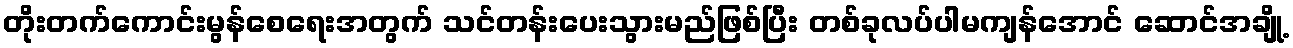
တိုးတက်ကောင်းမွန်စေရေးအတွက် သင်တန်းပေးသွားမည်ဖြစ်ပြီး တစ်ခုလပ်ပါမကျန်အောင် ဆောင်အချို့